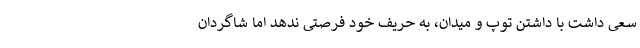
سعی داشت با داشتن توپ و میدان، به حریف خود فرصتی ندهد اما شاگردان